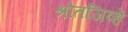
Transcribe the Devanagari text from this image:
श्रोतजिव्हे